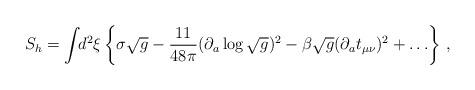
LaTeX: \begin{align*}S_h = \int\!\!d^2 \xi \left\{ \sigma \sqrt{g}- \frac{11}{48 \pi} (\partial_a \log \sqrt{g} )^2- \beta \sqrt{g} (\partial_a t_{\mu \nu})^2 + \ldots \right\}\,,\end{align*}